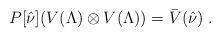
\begin{align*}P[\hat{\nu}] (V(\Lambda)\otimes V(\Lambda))=\bar{V}(\hat{\nu})\;.\end{align*}